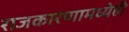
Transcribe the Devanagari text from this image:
राजकारणामध्येही